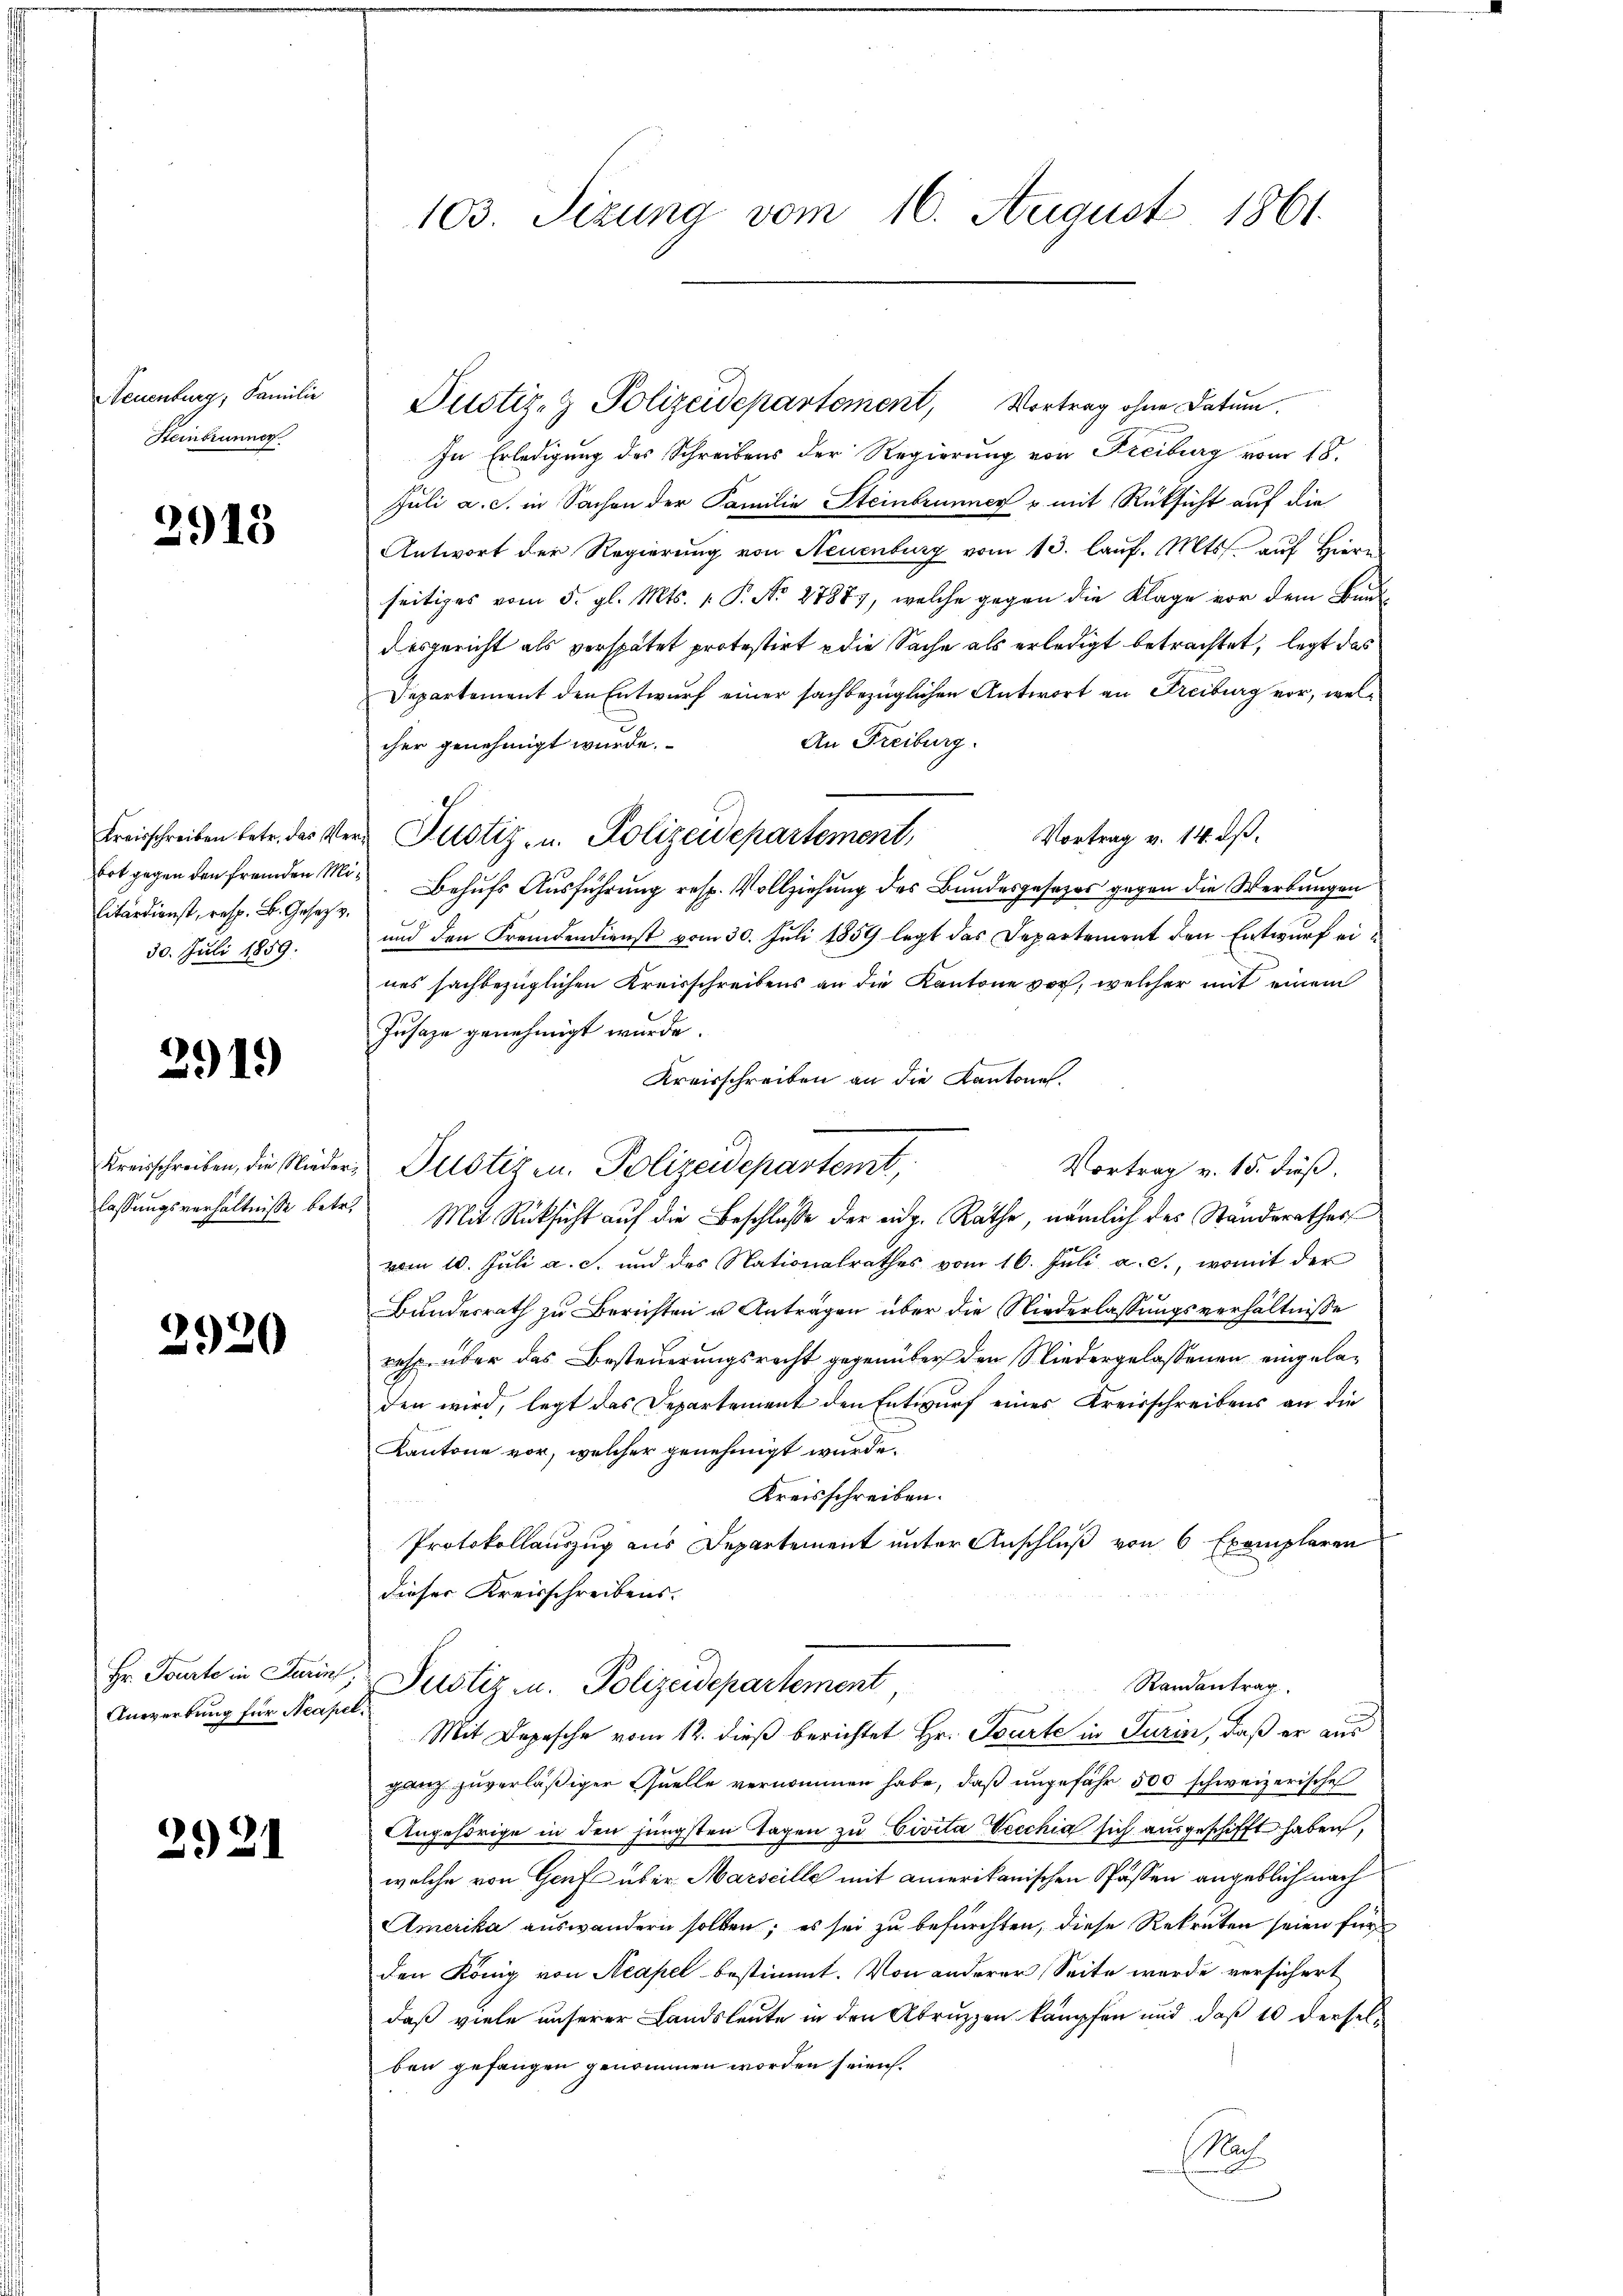
Neuenburg, Familie
Steinbrunner

2918

Kreisschreiben betr. das Verbot gegen den fremden Militärdienst, resp. B. Gesetz v.
30. Juli 1859.

2919

Kreisschreiben, die Nieder
lassungsverhältnisse betr.

2920

Hr. Tourte in Darin
Anwerbung für Neapel

2921

103. Sizung vom 16. August 1861.

Justiz- & Polizeidepartement, Vortrag ohne Datum.
In Erledigung des Schreibens der Regierung von Freiburg vom 18.
Juli a. c. in Sachen der Familie Steinbrunner u. mit Rücksicht auf die
Antwort der Regierung von Neuenburg vom 13. lauf. Mts. auf Hier
seitiges vom 5. gl. Mts. v. P. Nr. 27887, welche gegen die Klage vor dem Bund
desgericht als verspätet protestirt & die Sache als erledigt betrachtet, legt das
Departement den Entwurf einer sachbezüglichen Antwort an Freiburg vor, wel¬
An Freiburg.
cher genehmigt wurde.
Justiz- u. Polizeidepartement, Vortrag v. 14. dβ.
Behufs Ausführung resp. Vollziehung des Bundesgesezes gegen die Werbungen
und den Fremdendienst vom 30. Juli 1859 legt das Departement den Entwurf eines sachbezüglichen Kreisschreibens an die Kantone vor, welcher mit einem
Jusaze genehmigt wurde.
Kreisschreiben an die Kantone.
Justizen. Polizeidepartent,
Vortrag v. 15. Fuß.
Mit Rücksicht auf die Beschlusse der eidg. Rathe, nämlich des Ständerathess
vom 10. Juli a. c. und des Nationalrathes vom 16. Juli a. c., womit der
Bundesrath zu Berichten u Antragen über die Niederlassungsverhältnisse
resp. über das Besteuerungsrecht gegenüber den Niedergelassenen eingeladen wird, legt das Departement den Entwurf eines Kreisschreibens an die
Kantone vor, welcher genehmigt wurde.
Kreisschreiben.
Protokollauszug aus Departement unter Anschluß von 6 Exemplaren
dieser Kreisschreibens.
Randentrag.
Pustiz u. Polizeidepartement
Mit Depesche vom 12. dieß berichtet Hr. Tourte in Turin, daß er aus
ganz zuverläßiger Quelle vernommen habe, daß ungefähr 500 schweizerische
Angehörige in den jüngsten Tagen zu Civita Vecchia sich ausgeschifft haben,
welche von Genf über Marseille mit amerikanischen Passen angeblich nach
Amerika auswandern sollen; es sei zu befürchten, diese Rekruten seien für
den König von Acapel bestimmt. Von anderer Seite werde versichert
daß viele unserer Landsleute in den Abruzzen kämpfen und daß 10 derselben gefangen genommen worden seien.
Nach